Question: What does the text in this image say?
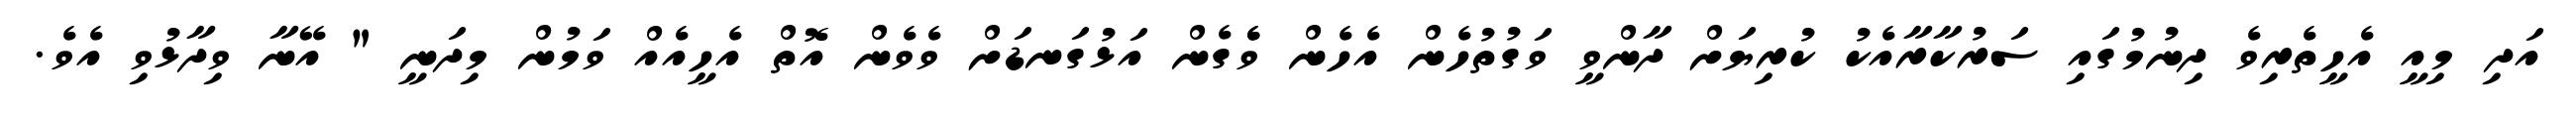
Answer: އަދި މިއީ އެހީތެރިވެ ދިނުމުގައި ސަރުކާރާއެކު ކުރިޔަށް ދާންވީ ވަގުތުހެން އެހެން ވެެގެން އަޅުގަނޑަށް ވެވެން އޮތް އެހީއެއް ވަމުން މިދަނީ " އޭނާ ވިދާޅުވި އެވެ.